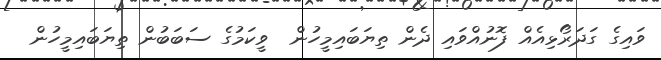
ވައިގެ ގަދަރޯޅިއެއް ފޮނުއްވައި ދެން ތިޔަބައިމީހުން  ވީކަމުގެ ސަބަބުން ތިޔަބައިމީހުން